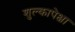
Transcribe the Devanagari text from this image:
शुल्कापेक्षा